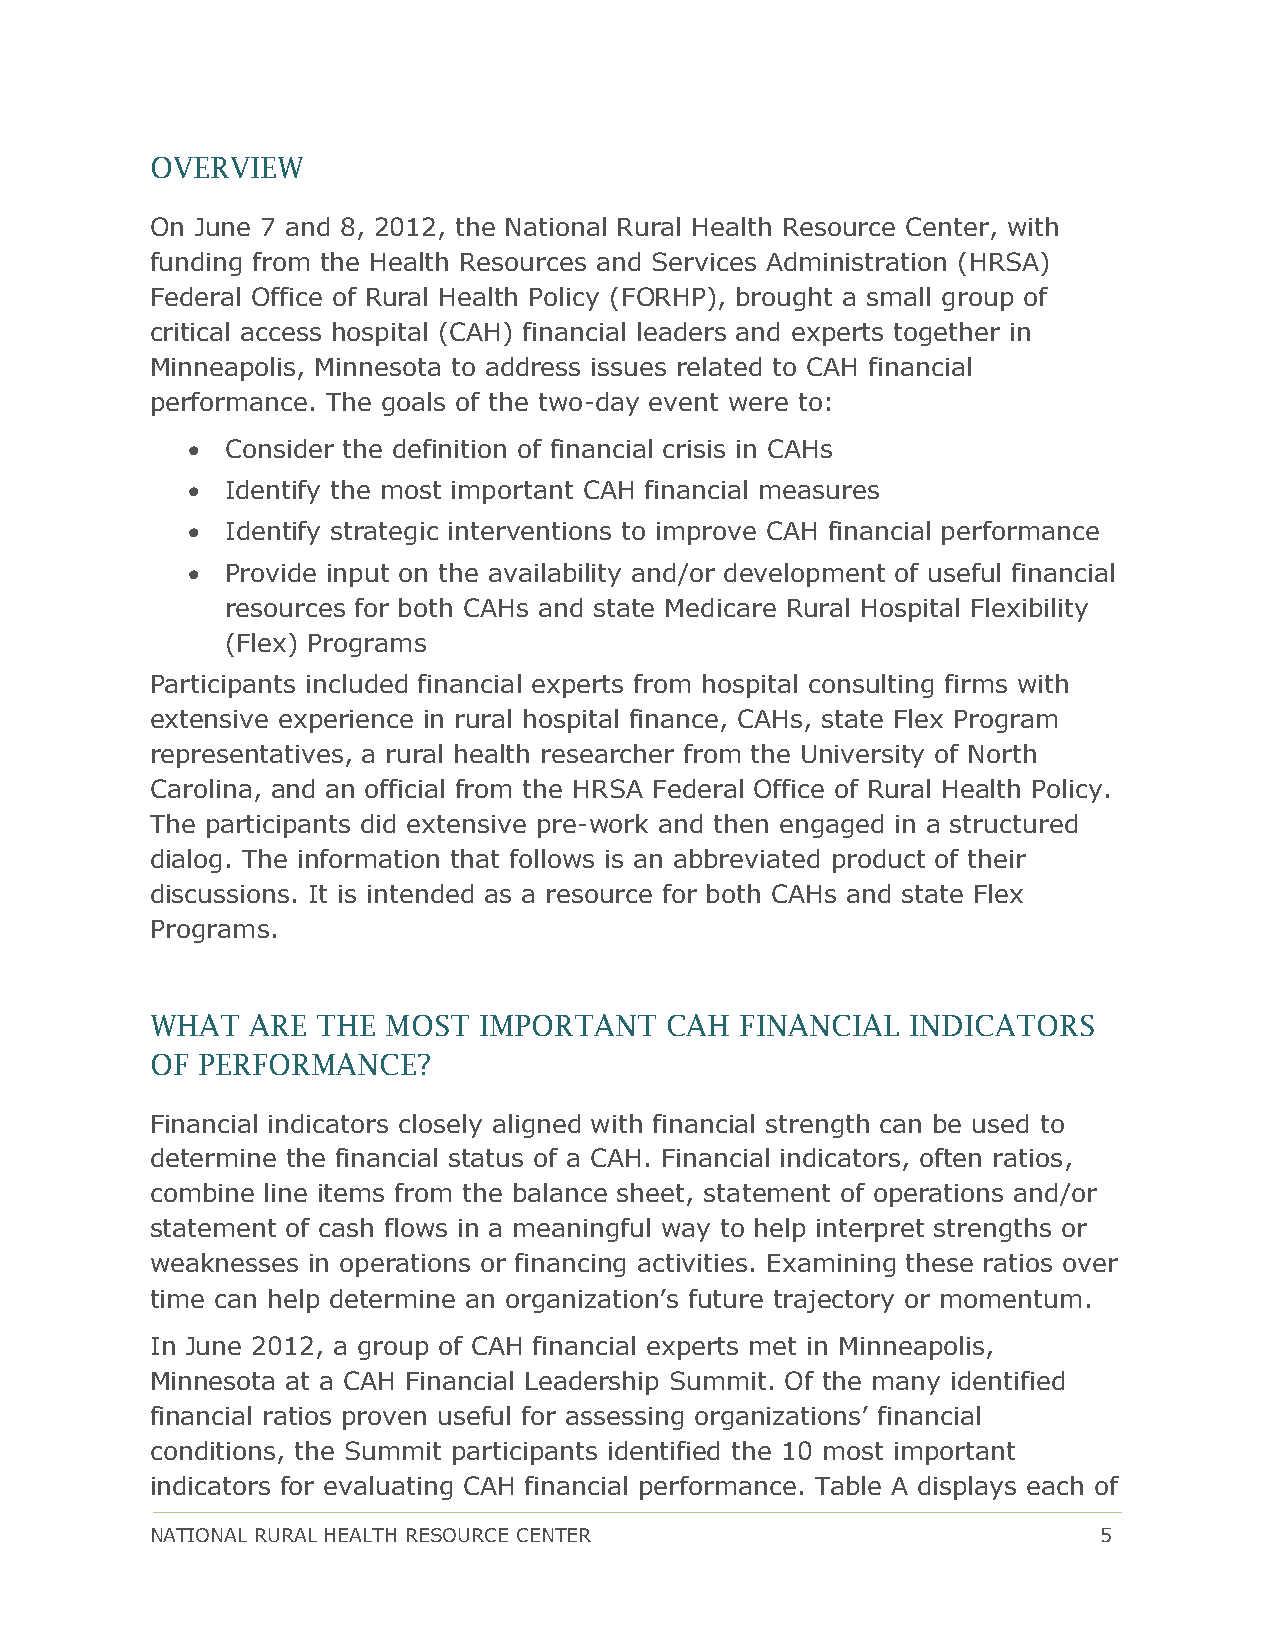
OVERVIEW
 On June 7 and 8, 2012, the National Rural Health Resource Center, with
 funding from the Health Resources and Services Administration (HRSA)
 Federal Office of Rural Health Policy (FORHP), brought a small group of
 critical access hospital (CAH) financial leaders and experts together in
 Minneapolis, Minnesota to address issues related to CAH financial
 performance. The goals of the two-day event were to:
 •  Consider the definition of financial crisis in CAHs
 •  Identify the most important CAH financial measures
 •  Identify strategic interventions to improve CAH financial performance
 •  Provide input on the availability and/or development of useful financial
 resources for both CAHs and state Medicare Rural Hospital Flexibility
 (Flex) Programs
 Participants included financial experts from hospital consulting firms with
 extensive experience in rural hospital finance, CAHs, state Flex Program
 representatives, a rural health researcher from the University of North
 Carolina, and an official from the HRSA Federal Office of Rural Health Policy.
 The participants did extensive pre-work and then engaged in a structured
 dialog. The information that follows is an abbreviated product of their
 discussions. It is intended as a resource for both CAHs and state Flex
 Programs.
 WHAT   ARE THE  MOST  IMPORTANT   CAH  FINANCIAL  INDICATORS
 OF PERFORMANCE?
 Financial indicators closely aligned with financial strength can be used to
 determine the financial status of a CAH. Financial indicators, often ratios,
 combine line items from the balance sheet, statement of operations and/or
 statement of cash flows in a meaningful way to help interpret strengths or
 weaknesses in operations or financing activities. Examining these ratios over
 time can help determine an organization’s future trajectory or momentum.
 In June 2012, a group of CAH financial experts met in Minneapolis,
 Minnesota at a CAH Financial Leadership Summit. Of the many identified
 financial ratios proven useful for assessing organizations’ financial
 conditions, the Summit participants identified the 10 most important
 indicators for evaluating CAH financial performance. Table A displays each of
 NATIONAL RURAL HEALTH RESOURCE CENTER                          5